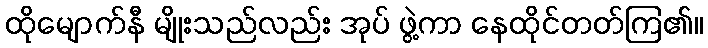
ထိုမျောက်နီ မျိုးသည်လည်း အုပ် ဖွဲ့ကာ နေထိုင်တတ်ကြ၏။